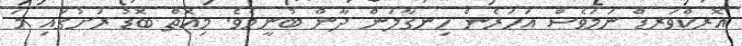
އޮރކްވަރޑް ނަމަވެސް އަހަރެން ހިނގާލަން ދާން ބުނީމެވެ. މިއޮތް ބޮޑު ރަށުގައި މަ